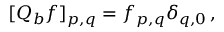
\begin{array} { r } { [ Q _ { b } f ] _ { p , q } = f _ { p , q } \delta _ { q , 0 } \, , } \end{array}